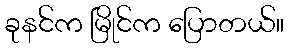
ခုနင်က မြိုင်က ပြောတယ်။